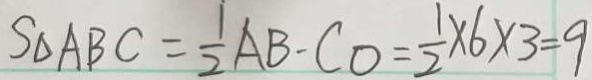
S _ { \Delta } A B C = \frac { 1 } { 2 } A B - C O = \frac { 1 } { 2 } \times 6 \times 3 = 9